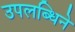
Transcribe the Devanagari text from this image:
उपलब्धिने